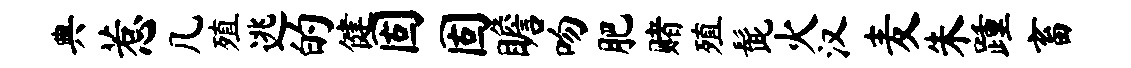
典惹几殖逃的健固固瞻吻肥赌殖髭火汉麦朱踵畜